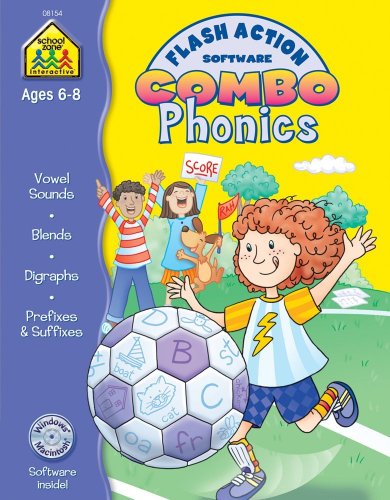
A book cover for Phonics Flash Action Combo; Joan Hoffman; Children's Books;